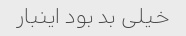
خیلی بد بود اینبار